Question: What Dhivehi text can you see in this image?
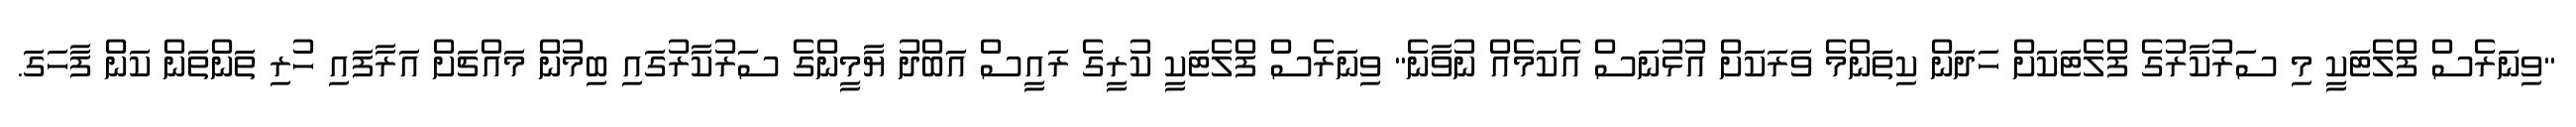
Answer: "ވިނަރެސް ފްލެޓަކީ މި ސަރުކާރުގެ ފްލެޓަކަށް ހަދަން ކިތަންމެ ވަރަކަށް އުޅުނަސް އެކަމެއް ނުވާނެ" ވިނަރެސް ފްލެޓަކީ ކުރީގެ ރައީސް އަބްދު ޔާމީންގެ ސަރުކާރުގައި ބިމުން މައްޗަށް އަރާފައި ހުރި ތަންތަން ކަން ފާހަގަ.